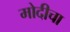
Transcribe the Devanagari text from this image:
मोदीचा